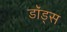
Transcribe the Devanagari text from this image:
डॉड्स